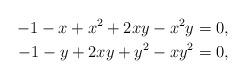
LaTeX: \begin{align*}-1-x+x^2+2xy-x^2y&=0,\\-1-y+2xy+y^2-xy^2&=0,\end{align*}